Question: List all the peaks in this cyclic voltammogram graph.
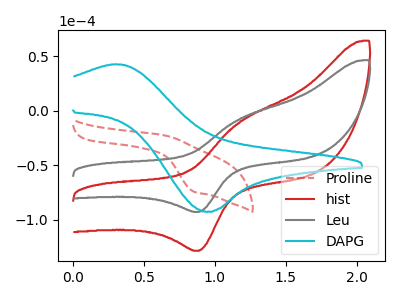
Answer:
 <answer>The red dashed curve "Proline" has an anodic peak at (0.65V, -22.60uA) and a cathodic peak at (0.85V, -74.60uA). The red curve "hist" has an anodic peak at (1.20V, -10.35uA) and a cathodic peak at (0.90V, -128.40uA). The gray curve "Leu" has an anodic peak at (1.20V, -7.50uA) and a cathodic peak at (0.90V, -92.75uA). The cyan curve "DAPG" has an anodic peak at (0.30V, 42.75uA) and a cathodic peak at (0.95V, -92.70uA).</answer>
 <eval></eval>